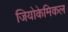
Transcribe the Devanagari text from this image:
जियोकेमिकल